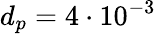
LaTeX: d_{p}=4\cdot 10^{-3}